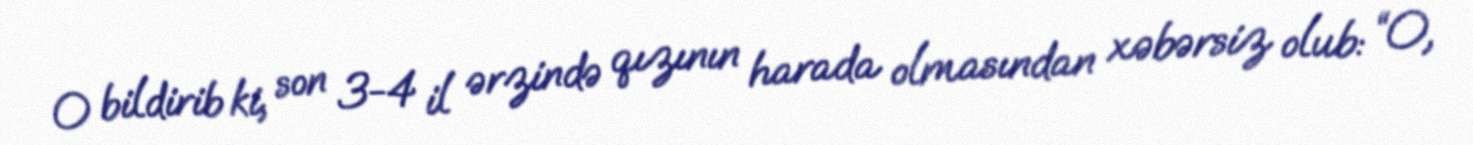
O bildirib ki, son 3-4 il ərzində qızının harada olmasından xəbərsiz olub: “O,